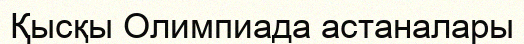
Қысқы Олимпиада астаналары